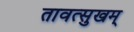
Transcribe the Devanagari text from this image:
तावत्सुखम्